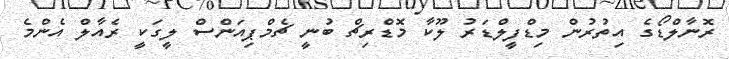
ރޮނާލްޑޯގެ އިތުރުން މިޑްފީލްޑަރު ލޫކާ މޮޑްރިޗް ބުނީ ޗެމްޕިއަންސް ލީގަކީ ރެއާލް އެންމެ